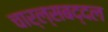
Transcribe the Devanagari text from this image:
चार्ल्सबद्दल